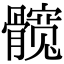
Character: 髋